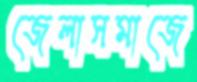
জেলাসমাজে